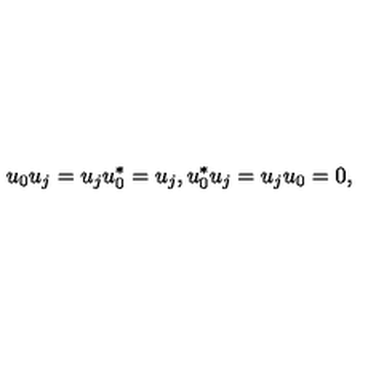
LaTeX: u _ { 0 } u _ { j } = u _ { j } u _ { 0 } ^ { * } = u _ { j } , u _ { 0 } ^ { * } u _ { j } = u _ { j } u _ { 0 } = 0 ,